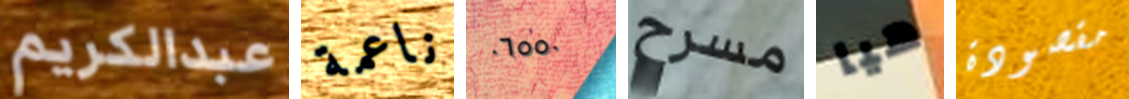
عبدالكريم ناعمة ٠٦٥٥٠ مسرح هيا مقصودة